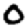
Digit: 0